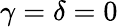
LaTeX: \gamma=\delta=0